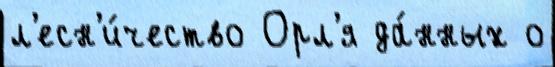
л'есн'и́чество Орл'я да́нных о